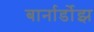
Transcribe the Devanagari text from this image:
बार्नार्डोझ